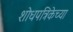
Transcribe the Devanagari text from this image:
शोधपत्रिकेच्या